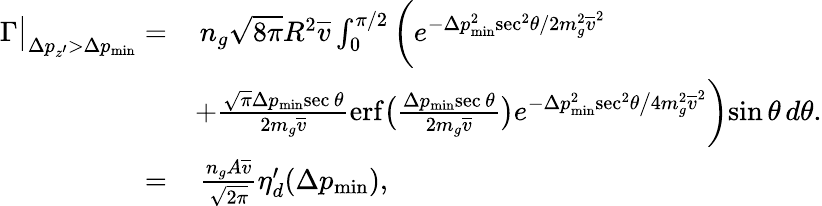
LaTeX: \begin{array}{rl}{\Gamma\big|_{\Delta p_{z^{\prime}}>\Delta p_{\mathrm{min}}}=}&{\, n_{g}\sqrt{8\pi}R^{2}\overline{{v}}\int_{0}^{\pi/2}\bigg(e^{-\Delta p_{\mathrm{min}}^{2}\mathrm{sec}^{2}\theta/2m_{g}^{2}\overline{{v}}^{2}}}\\ &{+\frac{\sqrt{\pi}\Delta p_{\mathrm{min}}\mathrm{sec}\, \theta}{2m_{g}\overline{{v}}}\mathrm{erf}\big(\frac{\Delta p_{\mathrm{min}}\mathrm{sec}\, \theta}{2m_{g}\overline{{v}}}\big)e^{-\Delta p_{\mathrm{min}}^{2}\mathrm{sec}^{2}\theta\big/4m_{g}^{2}\overline{{v}}^{2}}\bigg)\mathrm{sin}\, \theta\, d\theta.}\\ {=}&{\, \frac{n_{g}A\overline{{v}}}{\sqrt{2\pi}}\eta_{d}^{\prime}(\Delta p_{\mathrm{min}}),}\end{array}